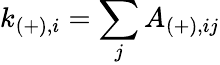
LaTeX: k_{(+),i}=\sum_{j}A_{(+),ij}